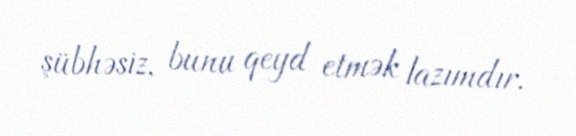
şübhəsiz, bunu qeyd etmək lazımdır.